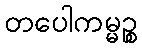
တပေါကမ္မဉ္စ